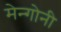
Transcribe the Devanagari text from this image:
मेन्गोनी